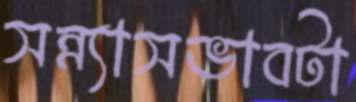
সন্ন্যাসভাবটা